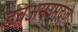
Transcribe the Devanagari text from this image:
डवअमउमदजे